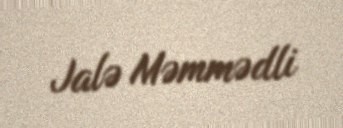
Jalə Məmmədli